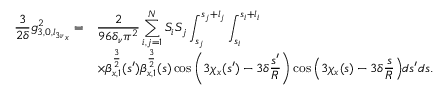
\begin{array} { c l } { \displaystyle \frac { 3 } { 2 \delta } g _ { 3 , 0 , { l _ { 3 \nu } } _ { x } } ^ { 2 } = } & { \displaystyle \frac { 2 } { 9 6 \delta _ { \nu } \pi ^ { 2 } } \sum _ { i , j = 1 } ^ { N } { S _ { i } S _ { j } \int _ { s _ { j } } ^ { s _ { j } + l _ { j } } \int _ { s _ { i } } ^ { s _ { i } + l _ { i } } } } \\ & { \displaystyle \times { { \beta _ { x , 1 } ^ { \frac { 3 } { 2 } } ( s ^ { \prime } ) \beta _ { x , 1 } ^ { \frac { 3 } { 2 } } ( s ) \cos { \left( 3 \chi _ { x } ( s ^ { \prime } ) - 3 \delta \frac { s ^ { \prime } } { R } \right) } \cos { \left( 3 \chi _ { x } ( s ) - 3 \delta \frac { s } { R } \right) } d s ^ { \prime } d s } } . } \end{array}